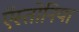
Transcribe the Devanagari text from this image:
ऍस्तोनिया